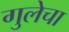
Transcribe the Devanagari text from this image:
गुलेचा